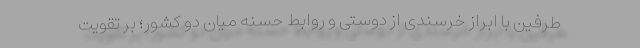
طرفین با ابراز خرسندی از دوستی و روابط حسنه میان دو کشور؛ بر تقویت